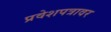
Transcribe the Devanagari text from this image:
प्रवेशपत्रावर